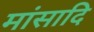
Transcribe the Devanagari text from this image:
मांसादि